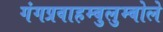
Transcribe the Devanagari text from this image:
गंगप्रवाहम्बुलुम्बोले